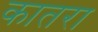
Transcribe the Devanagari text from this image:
कातरा